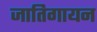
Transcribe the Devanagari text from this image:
जातिगायन